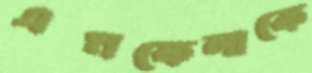
এমফেলাকে